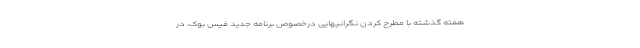
هفته گذشته با مطرح کردن نگرانیهایی درخصوص برنامه جدید فیس بوک، در